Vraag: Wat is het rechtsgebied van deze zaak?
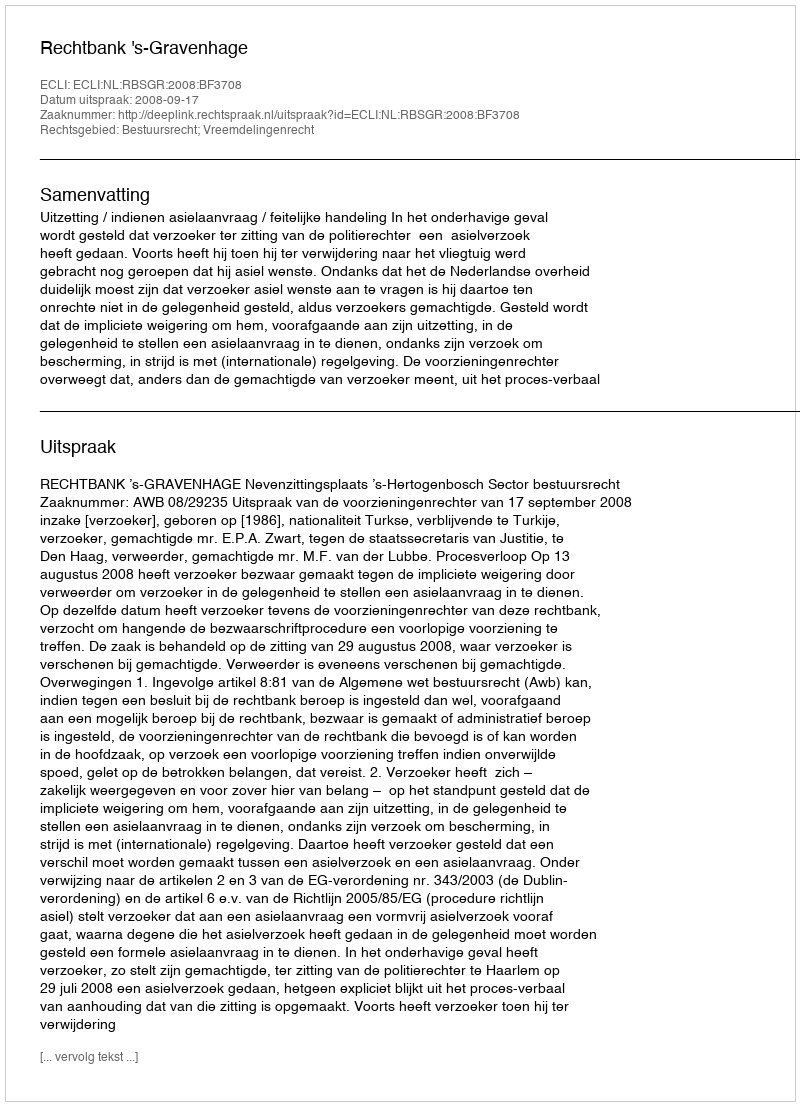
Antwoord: Bestuursrecht; Vreemdelingenrecht